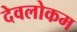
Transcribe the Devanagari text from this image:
देवलोकम